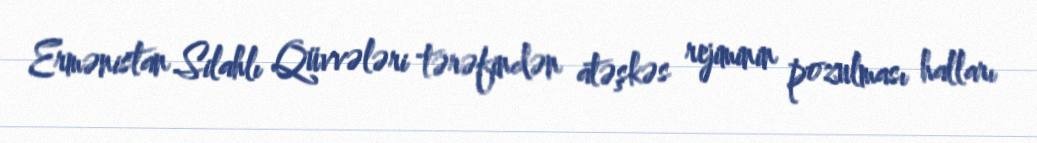
Ermənistan Silahlı Qüvvələri tərəfindən atəşkəs rejiminin pozulması halları